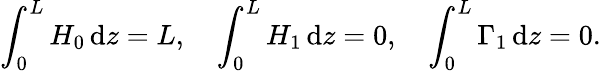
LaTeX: \int_{0}^{L}H_{0}\, \mathrm{d}z=L,\quad\int_{0}^{L}H_{1}\, \mathrm{d}z=0,\quad\int_{0}^{L}\Gamma_{1}\, \mathrm{d}z=0.